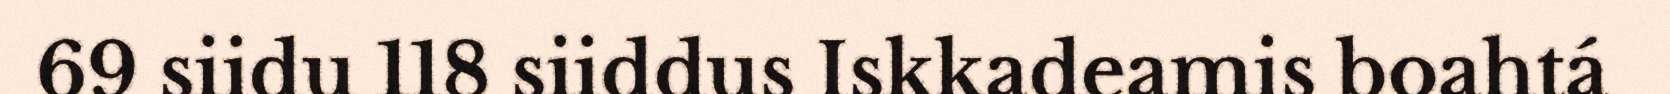
69 siidu 118 siiddus Iskkadeamis boahtá